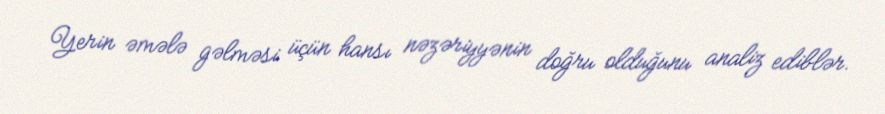
Yerin əmələ gəlməsi üçün hansı nəzəriyyənin doğru olduğunu analiz ediblər.